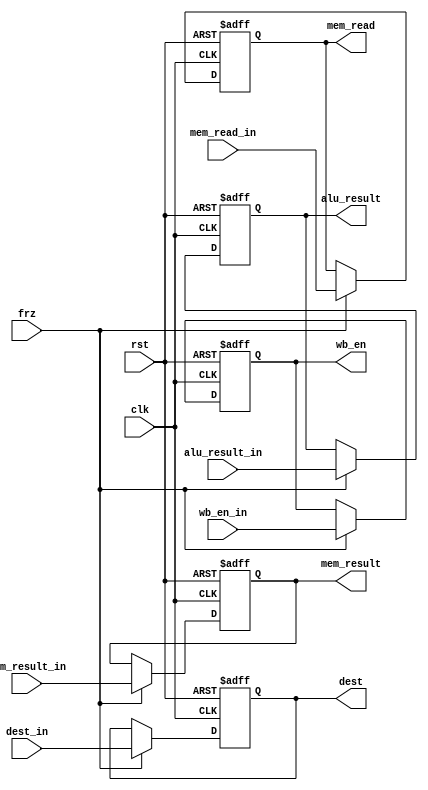
module MemReg(clk, rst, frz, wb_en_in, mem_read_in, alu_result_in, mem_result_in, dest_in
        , wb_en, mem_read, alu_result, mem_result, dest);
    input clk, rst, frz, wb_en_in, mem_read_in;
    input [31:0]alu_result_in, mem_result_in;
    input [3:0]dest_in;

    output reg wb_en, mem_read;
    output reg [31:0]alu_result, mem_result;
    output reg [3:0]dest;

    always @(posedge clk, posedge rst) begin
    if(rst) begin
        wb_en <= 0;
        mem_read <= 0;
        alu_result <= 0;
        mem_result <= 0;
        dest <= 0;
    end
    else if(frz) begin
        wb_en <= wb_en_in;
        mem_read <= mem_read_in;
        alu_result <= alu_result_in;
        mem_result <= mem_result_in;
        dest <= dest_in;
    end
end
endmodule